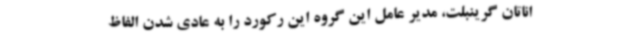
اناتان گرینبلت، مدیر عامل این گروه این رکورد را به عادی شدن الفاظ